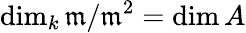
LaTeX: \dim_{k}{\mathfrak{m}}/{\mathfrak{m}}^{2}=\dim A